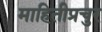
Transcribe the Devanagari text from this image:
माहितीप्रचुर